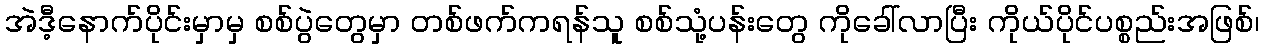
အဲဒီ့နောက်ပိုင်းမှာမှ စစ်ပွဲတွေမှာ တစ်ဖက်ကရန်သူ စစ်သုံ့ပန်းတွေ ကိုခေါ်လာပြီး ကိုယ်ပိုင်ပစ္စည်းအဖြစ်၊